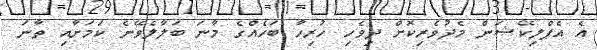
އެ އެޕްލިކޭޝަން މެދުވެރިކޮށް ދިވެހި ހުރިހާ ބަހެއްގެ މާނަ ބަލާލެވޭނެ ކަމަށާއި ތާނަ